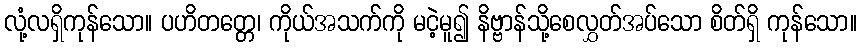
လုံ့လရှိကုန်သော။ ပဟိတတ္တေ၊ ကိုယ်အသက်ကို မငဲ့မူ၍ နိဗ္ဗာန်သို့စေလွှတ်အပ်သော စိတ်ရှိ ကုန်သော။